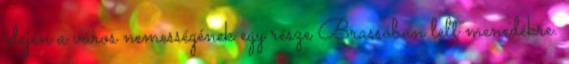
idején a város nemességének egy része Brassóban lelt menedékre.